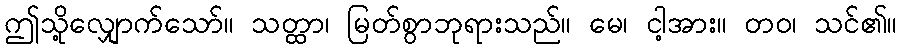
ဤသို့လျှောက်သော်။ သတ္ထာ၊ မြတ်စွာဘုရားသည်။ မေ၊ ငါ့အား။ တဝ၊ သင်၏။